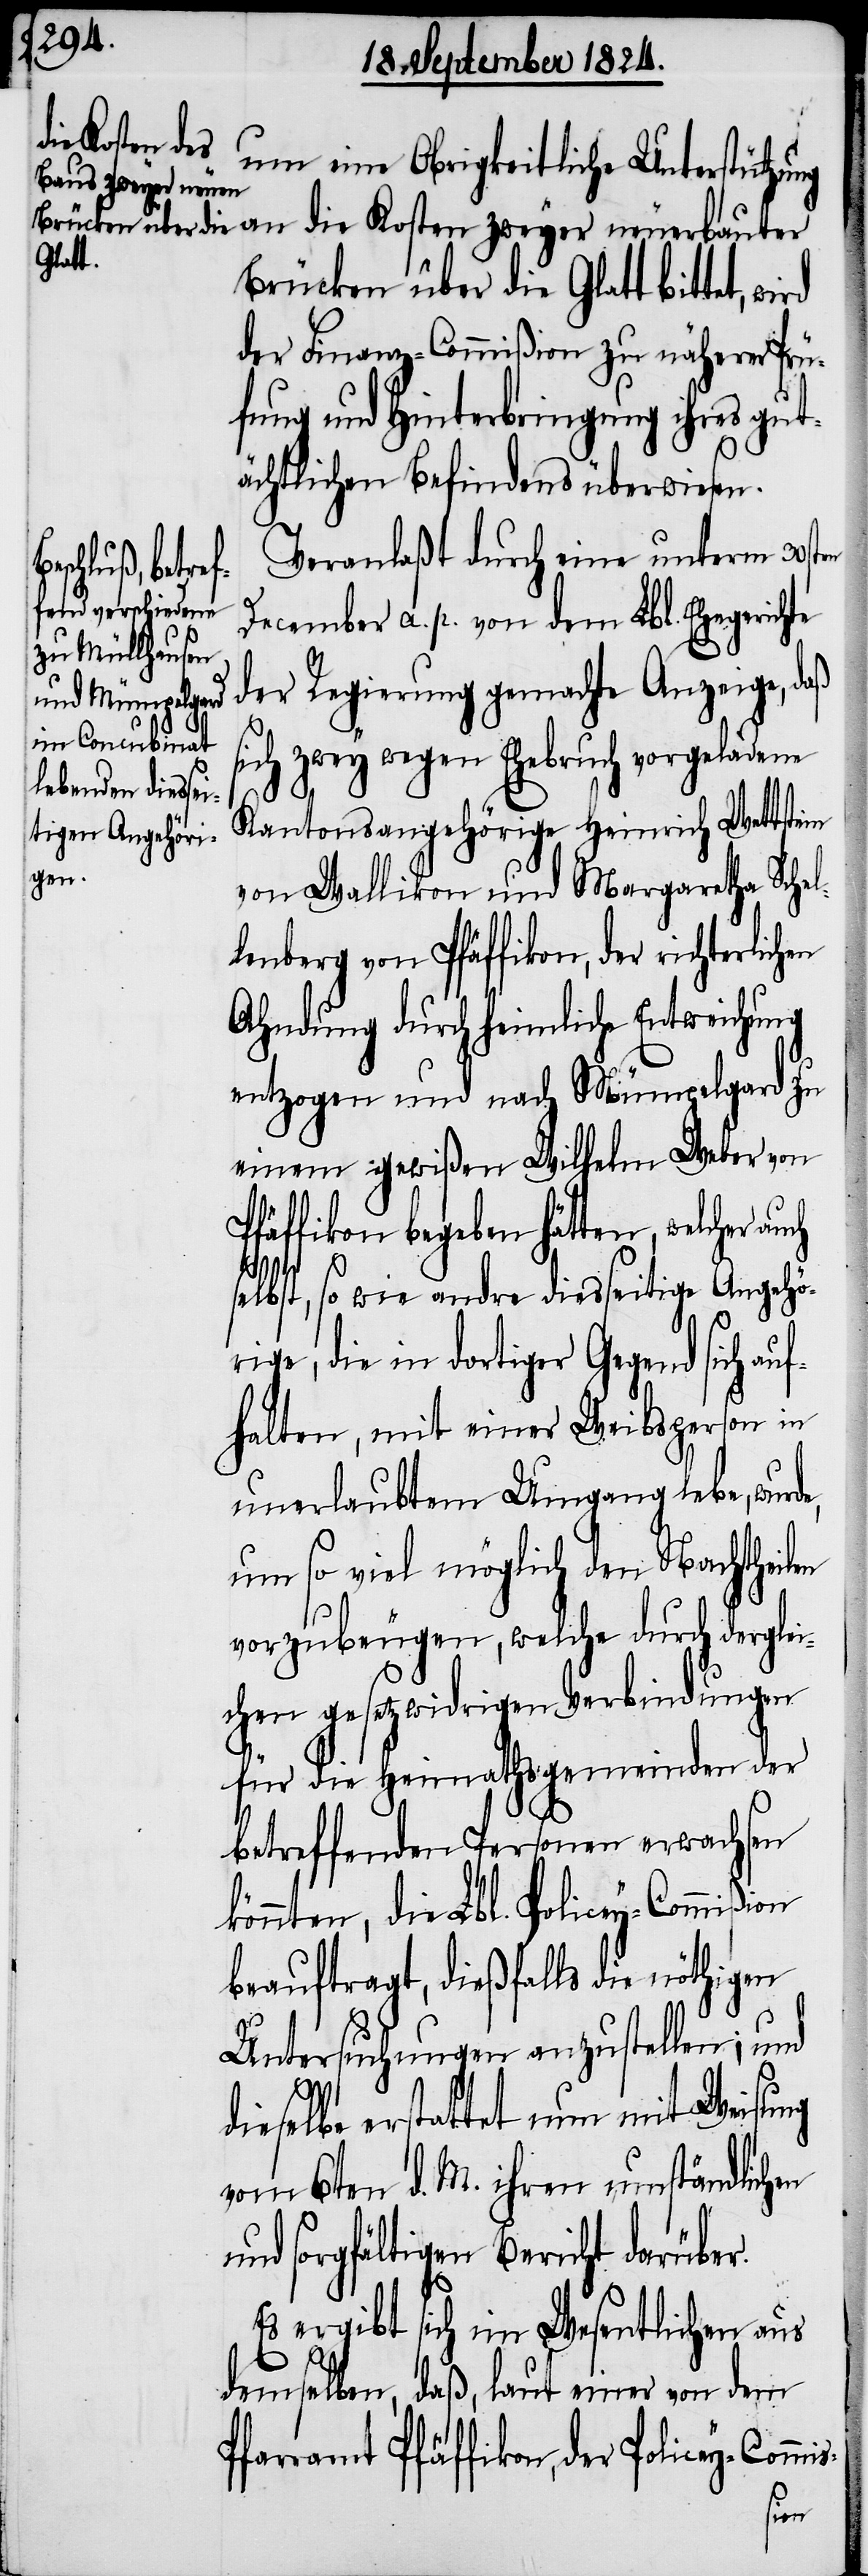
Brücken über die Glatt bittet,
der Finanz-Commißion zu näherer Prü¬
fung und Hinterbringung ihres gut¬
ächtlichen Befindens überwiesen.
Veranlaßt durch eine unterm 30sten
December a. p. von dem Lbl. Ehegerichte
der Regierung gemachte Anzeige, daß
sich zwey wegen Ehebruch vorgeladene
e,
Kantonsangehörige Heinrich Wettstein
von Wallikon und Margaretha Sche¬
lenberg von Pfäffikon, der richterlichen
Ahndung durch heimliche Entweichung
entzogen und nach Mümpelgard zu
einem gewißen Wilhelm Weber von
Pfäffikon begeben hätten, welcher a¬
selbst, so wie andre diesseitige Angehö¬
rige, die in dortiger Gegend sich a¬
halten, mit einer Weibsperson in
unerlaubtem Umgang lebe, wurd¬
um so viel möglich den Nachtheilen
vorzubeugen, welche durch derglei¬
chen gesetzwidrigen Verbindungen
für die Heimathsgemeinden der
betreffenden Personen erwachsen
könnten, die Lbl. Policey-Commißion
beauftragt, dießfalls die nöthigen
Untersuchungen anzustellen; und
sung
dieselbe erstattet nun mit Wei¬
vom 6ten d. M. ihren umständlichen
und sorgfältigen Bericht darüber.
Es ergibt sich im Wesentlichen aus
demselben, daß, laut einer von dem
Pfarramt Pfäffikon, der Policey-Commi¬
s-